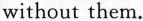
without them.